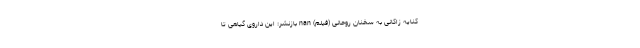
کنایه زاکانی به سخنان روحانی (فیلم) nan بازنشر: این داروی گیاهی تا